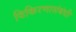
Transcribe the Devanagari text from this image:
विकिरणासंबंधी